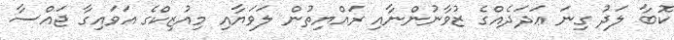
ކޮބާ ލަދު ގިނަ ޢަދަދެއްގެ ޒުވާނުންނާއި ރައްޔިތުން ލަވަޔާއި މިއުޒިކްގެ އަވައިގާ ޖައްސާ